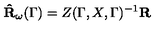
\mathbf { \hat { R } } _ { \omega } ( \Gamma ) = Z ( \Gamma , X , \Gamma ) ^ { - 1 } \mathbf { R }